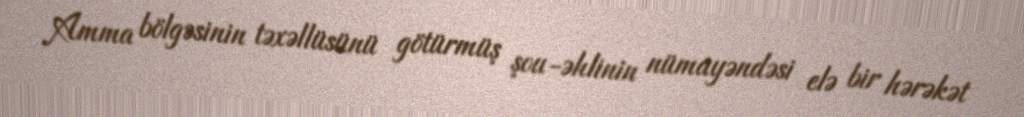
Amma bölgəsinin təxəllüsünü götürmüş şou-əhlinin nümayəndəsi elə bir hərəkət